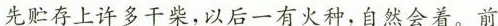
先贮存上许多干柴，以后一有火种，自然会着。前